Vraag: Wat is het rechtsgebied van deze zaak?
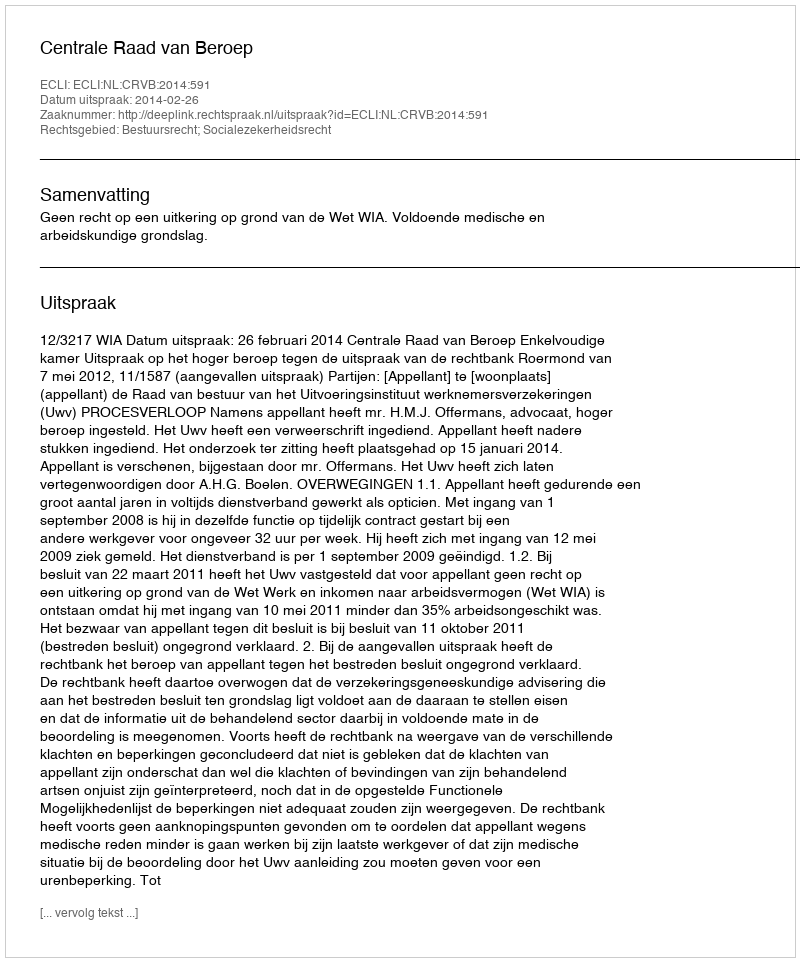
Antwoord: Bestuursrecht; Socialezekerheidsrecht